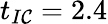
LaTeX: t_{I\mathcal{C}}=2.4